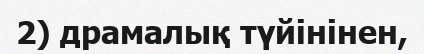
2) драмалық түйінінен,